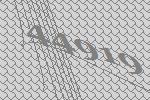
44919